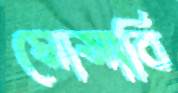
মোসাবি